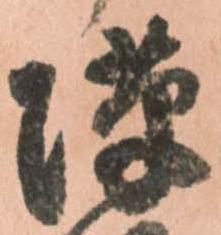
隙